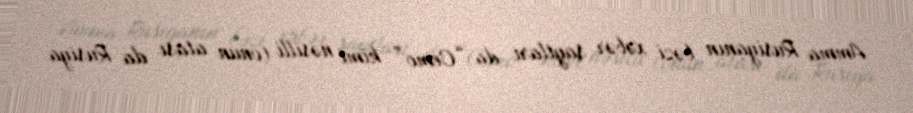
Amma Rusiyanın bəzi xəbər saytları da “Cemo” kimi nəsilli (onun atası da Rusiya